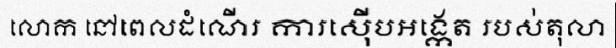
លោក នៅពេលដំណើរ ការស៊ើបអង្កេត របស់តុលា